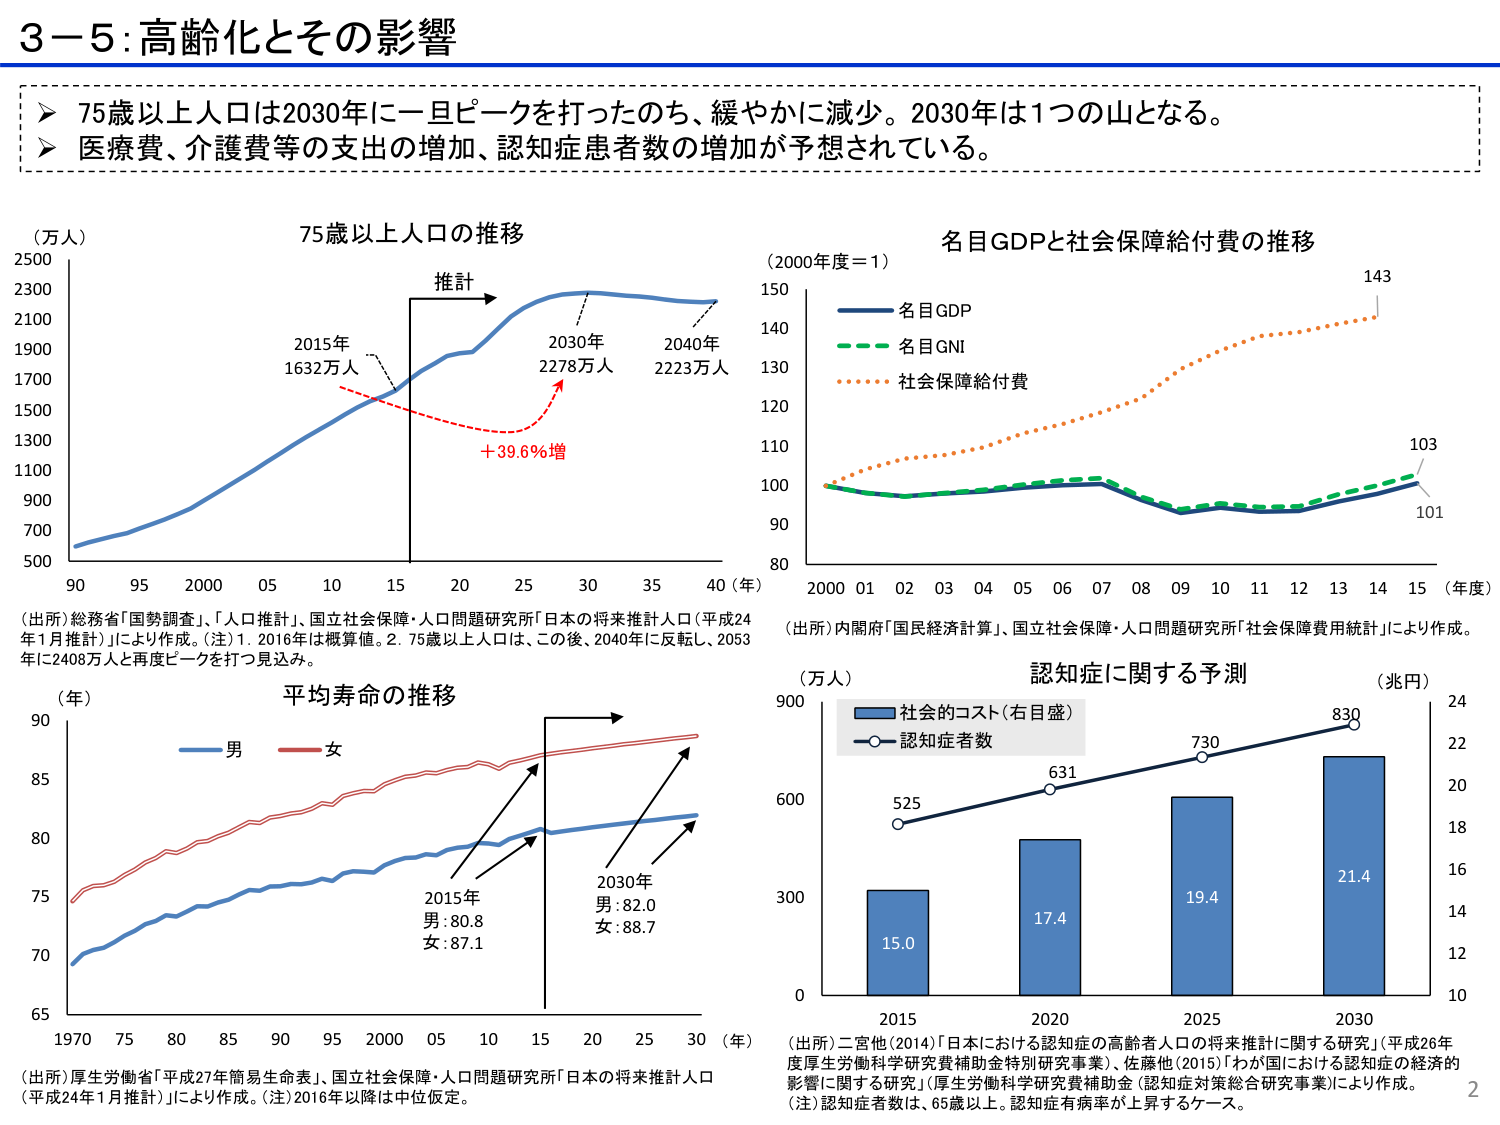
3－5：高齢化とその影響

➤ 75歳以上人口は2030年に一旦ピークを打ったのち、緩やかに減少。2030年は1つの山となる。
➤ 医療費、介護費等の支出の増加、認知症患者数の増加が予想されている。

（万人）
75歳以上人口の推移
推計
2015年 1632万人
2030年 2278万人
2040年 2223人
＋39.6％増
（年）
90 95 2000 05 10 15 20 25 30 35 40

（出所）総務省「国勢調査」、「人口推計」、国立社会保障・人口問題研究所「日本の将来推計人口（平成24年1月推計）」により作成。（注）1. 2016年は概算値。2. 75歳以上人口は、この後、2040年に反転し、2053年に2408万人と再度ピークを打つ見込み。

（2000年度＝1）
名目GDPと社会保障給付費の推移
名目GDP
名目GNI
社会保障給付費
143
103
101
80 90 100 110 120 130 140 150
2000 01 02 03 04 05 06 07 08 09 10 11 12 13 14 15 （年度）

（出所）内閣府「国民経済計算」、国立社会保障・人口問題研究所「社会保障費用統計」により作成。

（年）
平均寿命の推移
男
女
2015年
男：80.8
女：87.1
2030年
男：82.0
女：88.7
65 70 75 80 85 90
1970 75 80 85 90 95 2000 05 10 15 20 25 30 （年）

（出所）厚生労働省「平成27年簡易生命表」、国立社会保障・人口問題研究所「日本の将来推計人口（平成24年1月推計）」により作成。（注）2016年以降は中位仮定。

（万人）
認知症に関する予測
（兆円）
社会的コスト（右目盛）
認知症者数
525
631
730
830
15.0
17.4
19.4
21.4
0 300 600 900
10 12 14 16 18 20 22 24
2015 2020 2025 2030

（出所）二宮他（2014）「日本における認知症の高齢者人口の将来推計に関する研究」（平成26年度厚生労働科学研究費補助金特別研究事業）、佐藤他（2015）「わが国における認知症の経済的影響に関する研究」（厚生労働科学研究費補助金（認知症対策総合研究事業））により作成。
（注）認知症者数は、65歳以上。認知症有病率が上昇するケース。

2